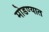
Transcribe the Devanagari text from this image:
मोडण्यात